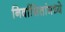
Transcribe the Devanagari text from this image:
निर्वासितांमध्ये